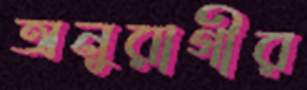
অনুরাগীর